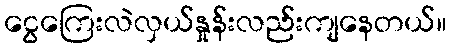
ငွေကြေးလဲလှယ်နှုန်းလည်းကျနေတယ်။